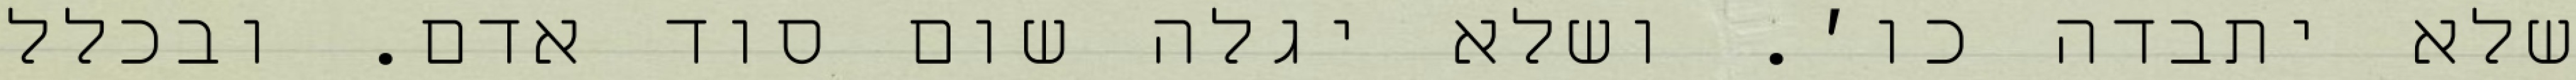
שלא יתבדה כו׳. ושלא יגלה שום סוד אדם. ובכלל